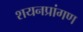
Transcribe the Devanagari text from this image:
शयनप्रांगण